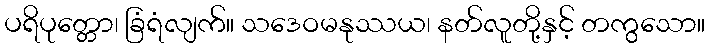
ပရိပုတ္တော၊ ခြံရံလျက်။ သဒေဝမနုဿယ၊ နတ်လူတို့နှင့် တကွသော။